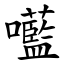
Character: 㘕